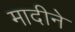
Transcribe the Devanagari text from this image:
मादीने